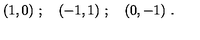
( 1 , 0 ) \ ; \quad ( - 1 , 1 ) \ ; \quad ( 0 , - 1 ) \ .